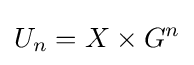
U_{n}=X\times G^{n}